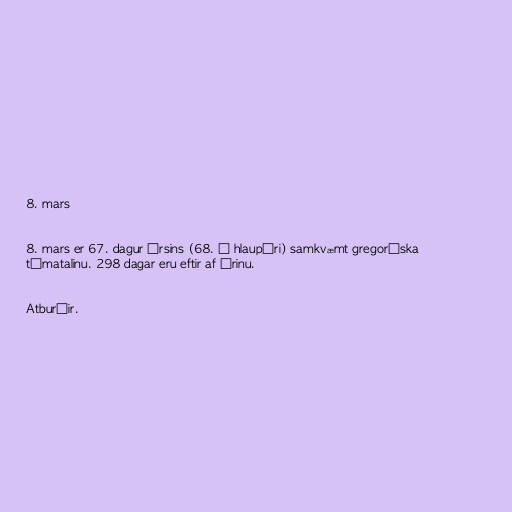
8. mars

8. mars er 67. dagur ársins (68. á hlaupári) samkvæmt gregoríska
tímatalinu. 298 dagar eru eftir af árinu.

Atburðir.